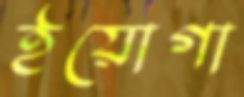
ইয়োগা